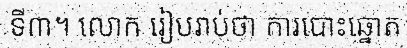
ទី៣។ លោក រៀបរាប់ថា ការបោះឆ្នោត